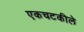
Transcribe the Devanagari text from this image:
एकचटकीले